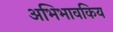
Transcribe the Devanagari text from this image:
अभिभावकिय